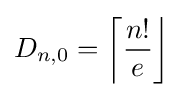
D_{n,0}=\left\lceil {\frac {n!}{e}}\right\rfloor